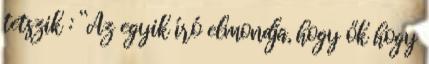
tetszik : “Az egyik író elmondja, hogy ők hogy